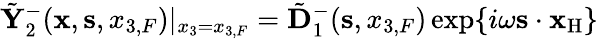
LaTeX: \tilde{\mathbf Y}_{2}^{-}({{\mathbf x}},{{\mathbf s}},{x_{3,F}})|_{x_{3}={x_{3,F}}}=\tilde{\mathbf D}_{1}^{-}({\mathbf s},x_{3,F})\exp\{ i\omega{{\mathbf s}}\cdot{{\mathbf x}_{\mathrm{H}}}\}